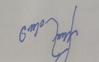
Signature authenticity: forged